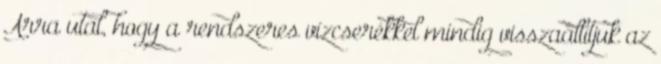
Arra utal, hogy a rendszeres vízcserékkel mindig visszaállítjuk az